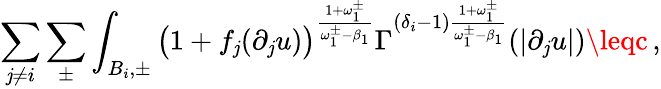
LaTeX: \sum_{\mathit{j}\not{=}i}\sum_{\pm}\int_{B_{i},\pm}\big(1+f_{\mathit{j}}(\partial_{\mathit{j}}u)\big)^{\frac{{1+\omega_{1}^{\pm}}}{{\omega_{1}^{\pm}-\beta_{1}}}}\Gamma^{(\delta_{i}-1)\frac{{1+\omega_{1}^{\pm}}}{{\omega_{1}^{\pm}-\beta_{1}}}}(|\partial_{\mathit{j}}u|)\leqc\, ,